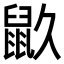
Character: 𪔼